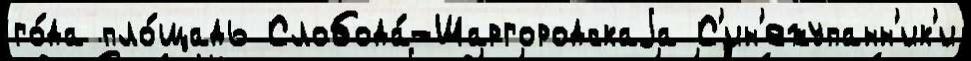
го́да пло́щадь Слобода́-Шаргородскаjа С'ин'ежупанн'ик'и